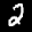
Label: 2